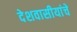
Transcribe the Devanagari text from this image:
देशवासीयांचे